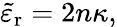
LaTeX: {\tilde{\varepsilon}}_{\mathrm{r}}=2n\kappa,